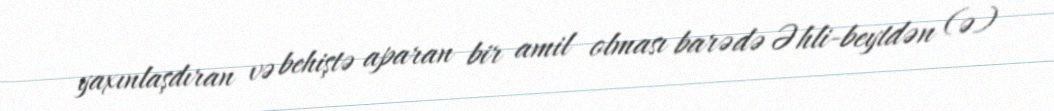
yaxınlaşdıran və behiştə aparan bir amil olması barədə Əhli-beytdən (ə)